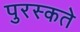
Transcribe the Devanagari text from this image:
पुरस्कते